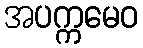
အပက္ကမေဝ